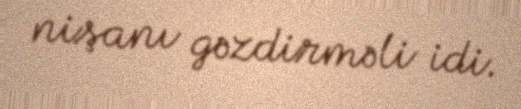
nişanı gəzdirməli idi.